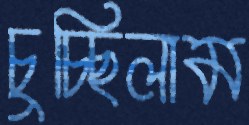
চুচ্ছিলাম